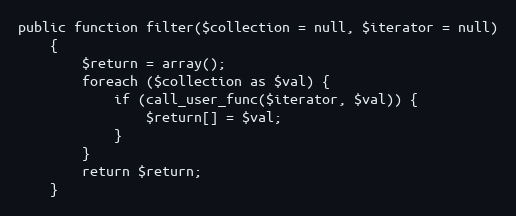
Language: PHP
public function filter($collection = null, $iterator = null)
    {
        $return = array();
        foreach ($collection as $val) {
            if (call_user_func($iterator, $val)) {
                $return[] = $val;
            }
        }
        return $return;
    }